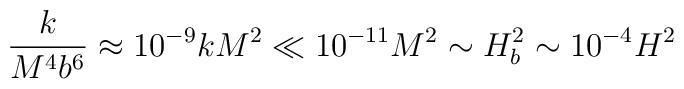
\frac{k}{M^4 b^6} \approx 10^{-9} k M^2 \ll 10^{-11} M^2 \sim	H_b^2 \sim 10^{-4} H^2